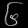
Digit: ၆